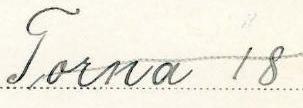
Torna 18